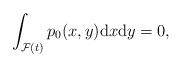
LaTeX: \begin{align*} \int_{{\mathcal F}(t)} p_0(x, y) {\rm d}x {\rm d}y =0,\end{align*}